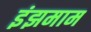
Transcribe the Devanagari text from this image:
इंझमाम